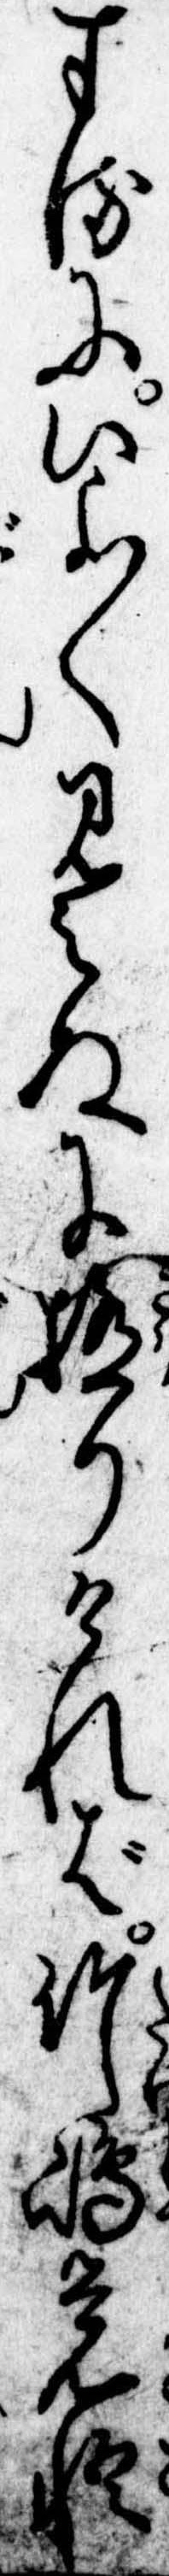
するにいよ〱見えぬに極りければ竹島覚悟